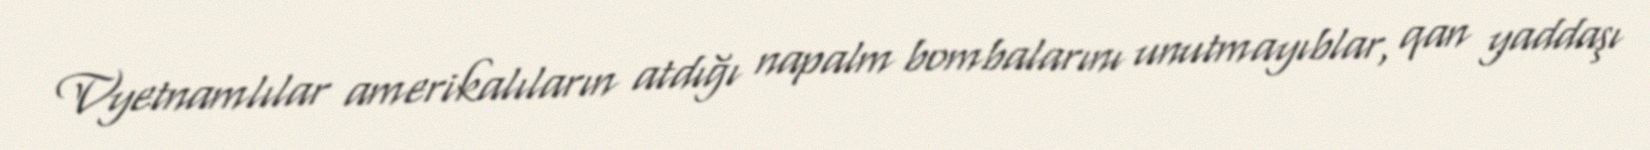
Vyetnamlılar amerikalıların atdığı napalm bombalarını unutmayıblar, qan yaddaşı